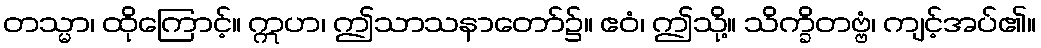
တသ္မာ၊ ထိုကြောင့်။ ဣဟ၊ ဤသာသနာတော်၌။ ဧဝံ၊ ဤသို့။ သိက္ခိတဗ္ဗံ၊ ကျင့်အပ်၏။